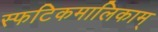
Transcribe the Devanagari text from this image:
स्फटिकमालिकाम्